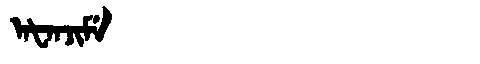
Manchu: ᠠᡶᠠᠨᠵᡳᠮᡝ
Romanization: AFANJIME